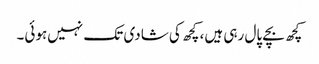
کچھ بچے پال رہی ہیں، کچھ کی شادی تک نہیں‌ہوئی۔